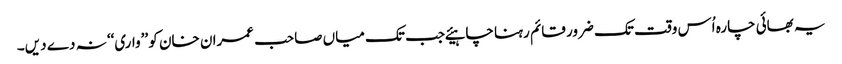
یہ بھائی چارہ اُس وقت تک ضرور قائم رہنا چاہیئے جب تک میاں صاحب عمران خان کو ’’واری‘‘ نہ دے دیں۔